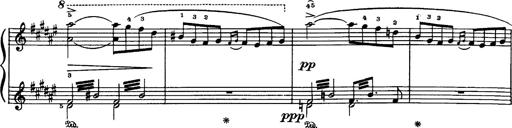
Title: Danza sacra e duetto finale dâ€™Aida
Composer: Franz Liszt